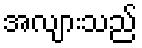
အလျားသည်